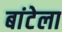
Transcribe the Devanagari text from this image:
बांटेला